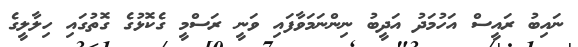
ނައިބު ރައީސް އަހުމަދު އަދީބު ނިންނަމަވާފައި ވަނީ ރަސްމީ ގެކޮޅުގެ ގޮތުގައި ހިލާލީގެ